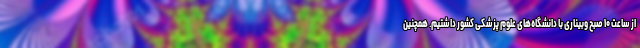
از ساعت ۱۰ صبح وبیناری با دانشگاه‌های علوم پزشکی کشور داشتیم. همچنین